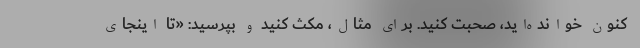
کنون خوانده‌اید، صحبت کنید. برای مثال، مکث کنید و بپرسید: «تا اینجای